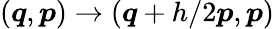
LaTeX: (\boldsymbol{q},\boldsymbol{p})\rightarrow(\boldsymbol{q}+h/2\boldsymbol{p},\boldsymbol{p})